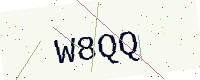
Text: W8QQ